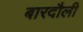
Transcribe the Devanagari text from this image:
बारदौली